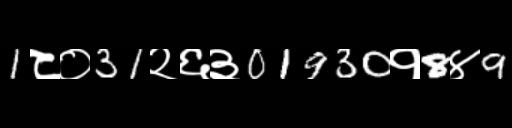
Text: 1८०31२६३01930१8४9